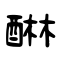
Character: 醂